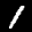
Label: 1